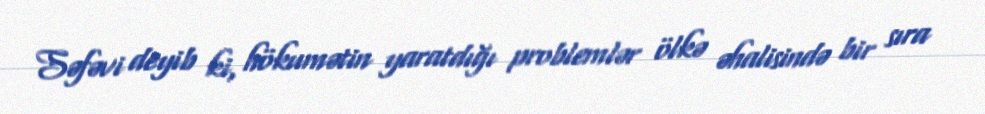
Səfəvi deyib ki, hökumətin yaratdığı problemlər ölkə əhalisində bir sıra